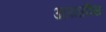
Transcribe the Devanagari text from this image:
आयातीस